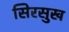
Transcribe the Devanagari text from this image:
सिरसुख